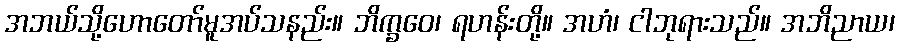
အဘယ်သို့ဟောတော်မူအပ်သနည်း။ ဘိက္ခဝေ၊ ရဟန်းတို့။ အဟံ၊ ငါဘုရားသည်။ အဘိညာယ၊